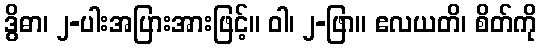
ဒွိဓာ၊ ၂-ပါးအပြားအားဖြင့်။ ဝါ၊ ၂-ဖြာ။ ဧလယတိ၊ စိတ်ကို